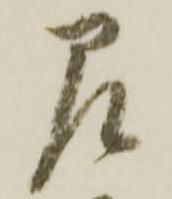
即